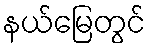
နယ်မြေတွင်